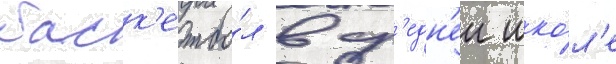
баск'етбо́л в ср'едн'еи шко́л'е